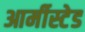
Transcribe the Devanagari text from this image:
आर्मीस्टेड